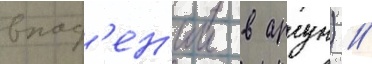
впад'ен'ии в аргун) //